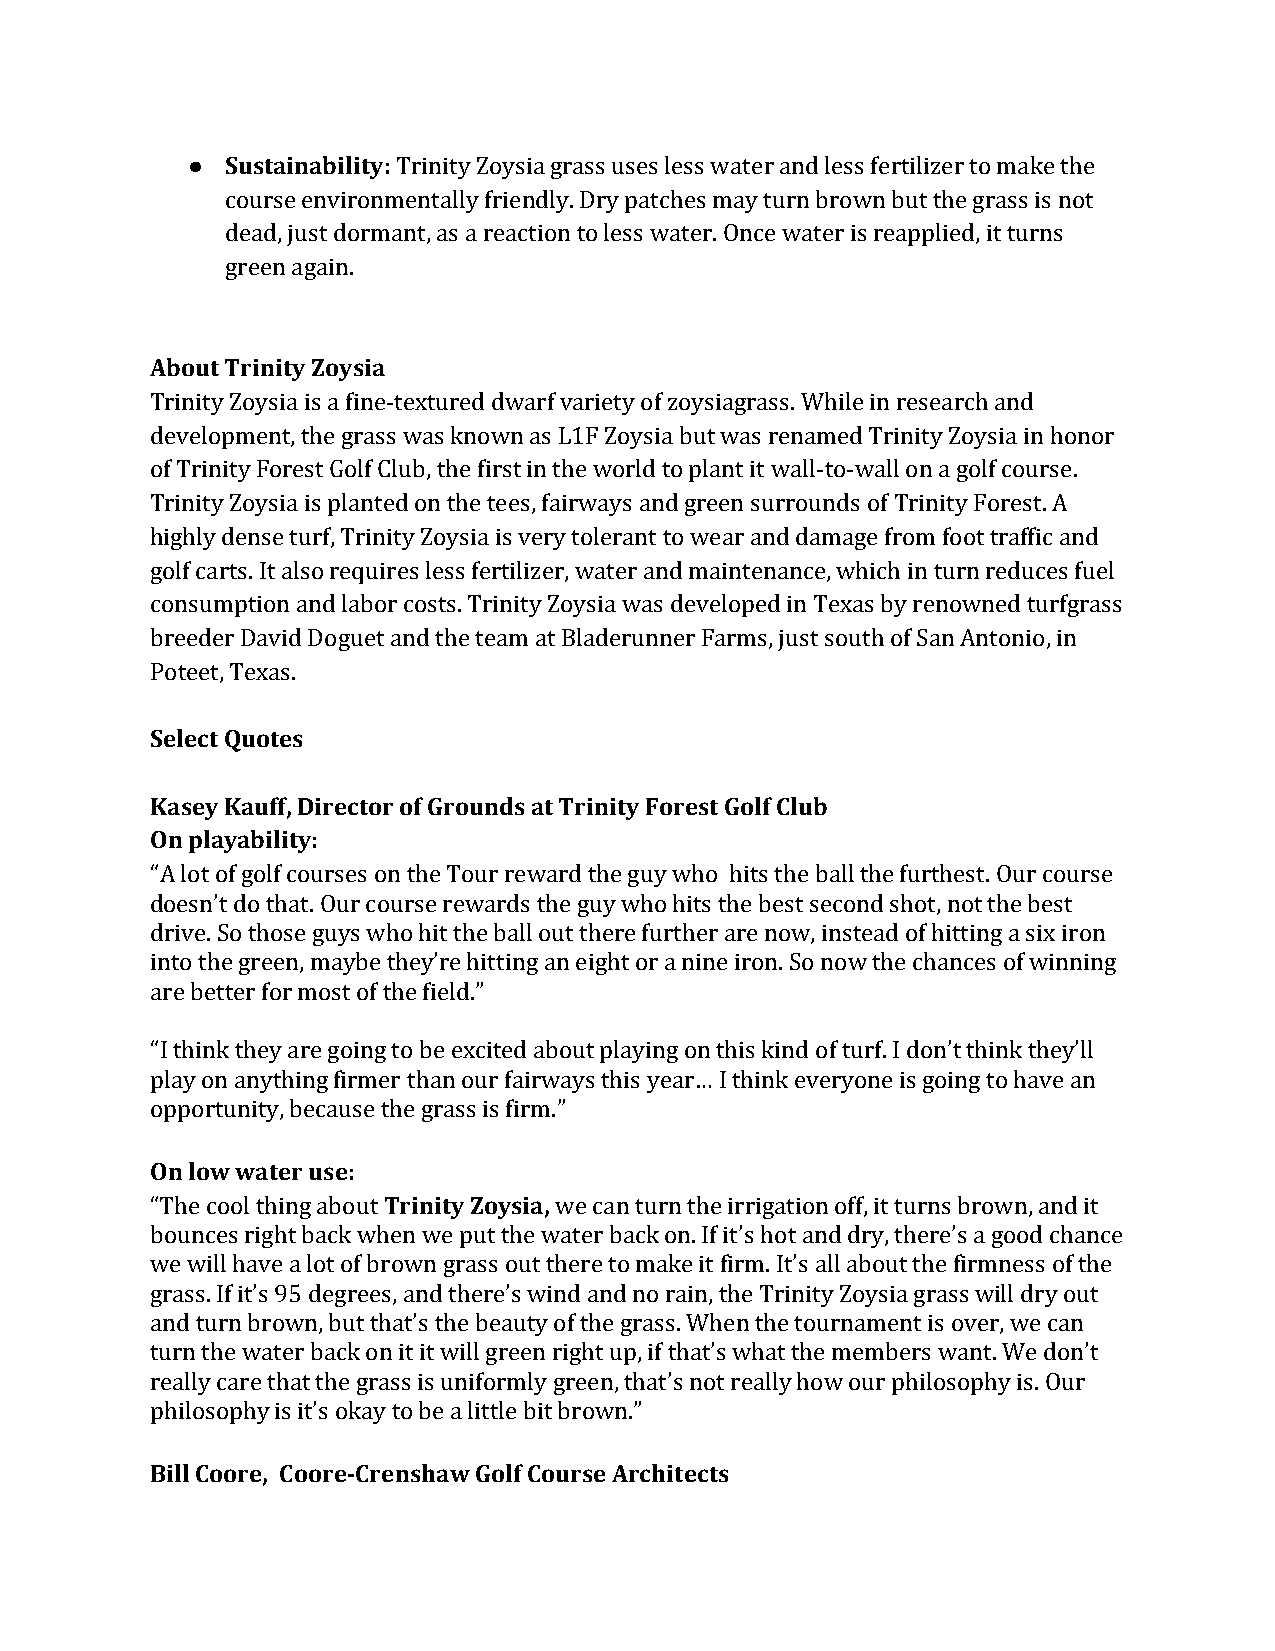
●  Sustainability: Trinity Zoysia grass uses less water and less fertilizer to make the
 course environmentally friendly. Dry patches may turn brown but the grass is not
 dead, just dormant, as a reaction to less water. Once water is reapplied, it turns
 green again.
 About Trinity Zoysia
 Trinity Zoysia is a fine-textured dwarf variety of zoysiagrass. While in research and
 development, the grass was known as L1F Zoysia but was renamed Trinity Zoysia in honor
 of Trinity Forest Golf Club, the first in the world to plant it wall-to-wall on a golf course.
 Trinity Zoysia is planted on the tees, fairways and green surrounds of Trinity Forest. A
 highly dense turf, Trinity Zoysia is very tolerant to wear and damage from foot traffic and
 golf carts. It also requires less fertilizer, water and maintenance, which in turn reduces fuel
 consumption and labor costs. Trinity Zoysia was developed in Texas by renowned turfgrass
 breeder David Doguet and the team at Bladerunner Farms, just south of San Antonio, in
 Poteet, Texas.
 Select Quotes
 Kasey Kauff, Director of Grounds at Trinity Forest Golf Club
 On playability:
 “A lot of golf courses on the Tour reward the guy who hits the ball the furthest. Our course
 doesn’t do that. Our course rewards the guy who hits the best second shot, not the best
 drive. So those guys who hit the ball out there further are now, instead of hitting a six iron
 into the green, maybe they’re hitting an eight or a nine iron. So now the chances of winning
 are better for most of the field.”
 “I think they are going to be excited about playing on this kind of turf. I don’t think they’ll
 play on anything firmer than our fairways this year… I think everyone is going to have an
 opportunity, because the grass is firm.”
 On low water use:
 “The cool thing about Trinity Zoysia, we can turn the irrigation off, it turns brown, and it
 bounces right back when we put the water back on. If it’s hot and dry, there’s a good chance
 we will have a lot of brown grass out there to make it firm. It’s all about the firmness of the
 grass. If it’s 95 degrees, and there’s wind and no rain, the Trinity Zoysia grass will dry out
 and turn brown, but that’s the beauty of the grass. When the tournament is over, we can
 turn the water back on it it will green right up, if that’s what the members want. We don’t
 really care that the grass is uniformly green, that’s not really how our philosophy is. Our
 philosophy is it’s okay to be a little bit brown.”
 Bill Coore, Coore-Crenshaw Golf Course Architects